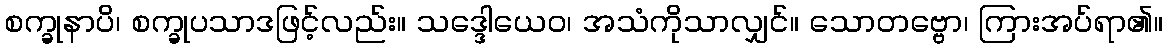
စက္ခုနာပိ၊ စက္ခုပသာဒဖြင့်လည်း။ သဒ္ဒေါယေဝ၊ အသံကိုသာလျှင်။ သောတဗ္ဗော၊ ကြားအပ်ရာ၏။